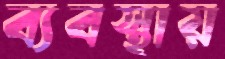
ব্যবস্থায়